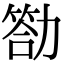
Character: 𠢡